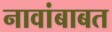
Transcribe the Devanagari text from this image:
नावांबाबत